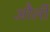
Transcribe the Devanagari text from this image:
और्ली